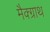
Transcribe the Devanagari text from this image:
मैक्ग्राथ